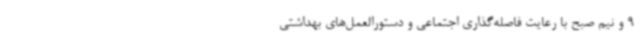
9 و نیم صبح با رعایت فاصله‌گذاری اجتماعی و دستورالعمل‌های بهداشتی